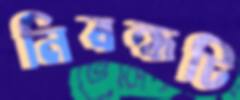
নিবন্ধটি